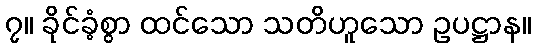
၇။ ခိုင်ခံ့စွာ ထင်သော သတိဟူသော ဥပဋ္ဌာန။